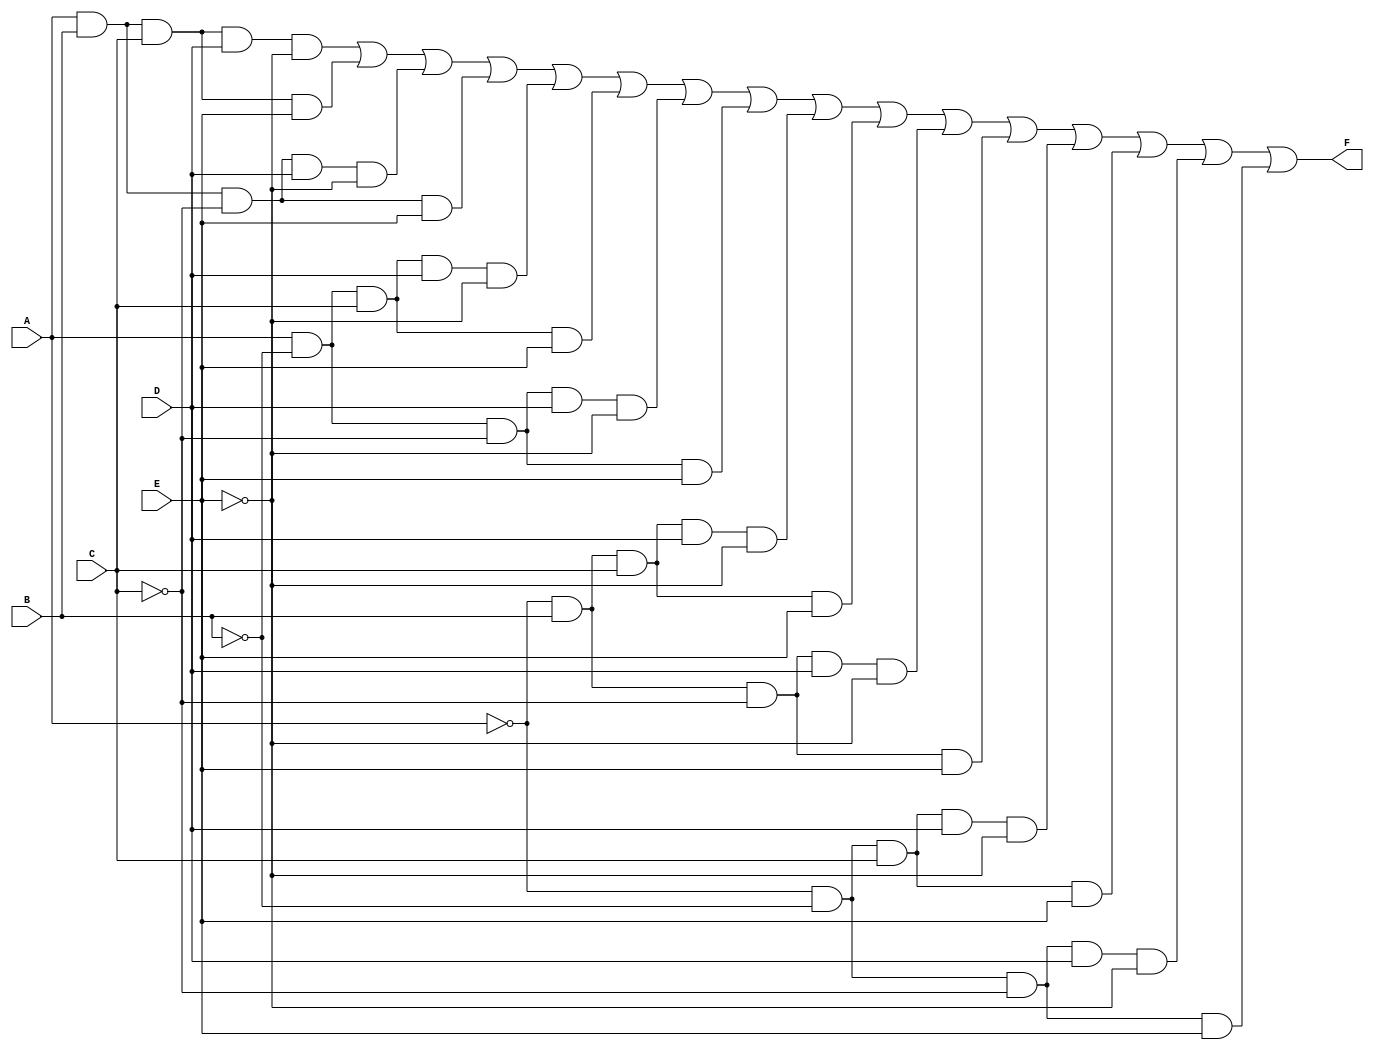
module kmap_5var (
    input wire A,
    input wire B,
    input wire C,
    input wire D,
    input wire E,
    output wire F
);

// The output F is derived from the simplified boolean expression from the K-map
// Here we need to define the K-map mapping based on the specific minterms.
assign F = ( // List of minterms corresponding to the cell values in K-map
    (A & B & C & D & ~E) |  // Minterm 0
    (A & B & C & E) |      // Minterm 1
    (A & B & ~C & D & ~E) |  // Minterm 2
    (A & B & ~C & E) |        // Minterm 3
    (A & ~B & C & D & ~E) |  // Minterm 4
    (A & ~B & C & E) |       // Minterm 5
    (A & ~B & ~C & D & ~E) | // Minterm 6
    (A & ~B & ~C & E) |      // Minterm 7
    (~A & B & C & D & ~E) |  // Minterm 8
    (~A & B & C & E) |       // Minterm 9
    (~A & B & ~C & D & ~E) | // Minterm 10
    (~A & B & ~C & E) |      // Minterm 11
    (~A & ~B & C & D & ~E) | // Minterm 12
    (~A & ~B & C & E) |      // Minterm 13
    (~A & ~B & ~C & D & ~E) | // Minterm 14
    (~A & ~B & ~C & E)       // Minterm 15
    // Add additional terms as necessary based on the specific K-map
    // This example assumes specific minterms corresponding to your grouping
);

endmodule